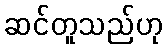
ဆင်တူသည်ဟု